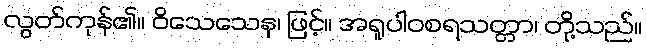
လွတ်ကုန်၏။ ဝိသေသေန၊ ဖြင့်။ အရူပါဝစရသတ္တာ၊ တို့သည်။